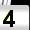
Digit: 4